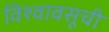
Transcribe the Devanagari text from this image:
विश्वावसूची